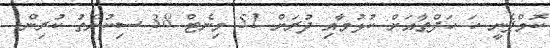
ކޮމްޕެނީ ހަ ހަފްތާއަށް ކުޅުމާއި ދުރަށް 51 މިނެޓް 38 ސިކުންތު ކުރިން.